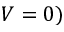
V = 0 )